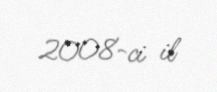
2008-ci il